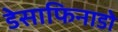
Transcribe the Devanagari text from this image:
डेसाफिनाडो